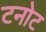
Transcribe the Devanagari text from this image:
टनोट